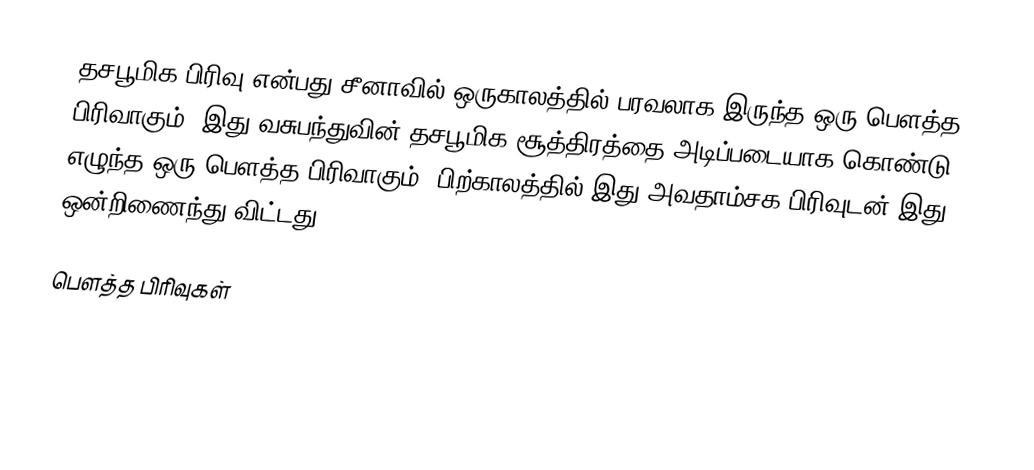
தசபூமிக பிரிவு என்பது சீனாவில் ஒருகாலத்தில் பரவலாக இருந்த ஒரு பௌத்த பிரிவாகும். இது வசுபந்துவின் தசபூமிக சூத்திரத்தை அடிப்படையாக கொண்டு எழுந்த ஒரு பௌத்த பிரிவாகும். பிற்காலத்தில் இது அவதாம்சக பிரிவுடன் இது ஒன்றிணைந்து விட்டது.

பௌத்த பிரிவுகள்